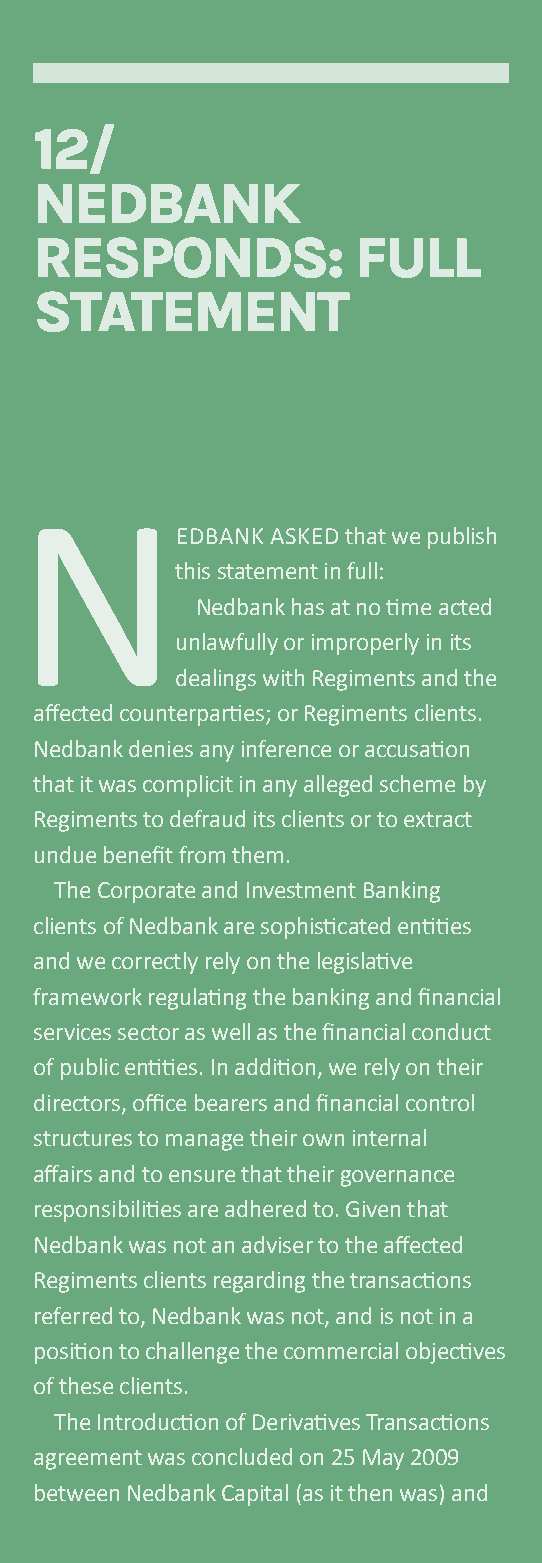
12/
 nedbank
 reSpOndS:              full
 STaTemenT
 N
 eDBANk ASkeD that we publish
 this statement in full:
 Nedbank has at no time acted
 unlawfully or improperly in its
 dealings with Regiments and the
 affected counterparties; or Regiments clients.
 Nedbank denies any inference or accusation
 that it was complicit in any alleged scheme by
 Regiments to defraud its clients or to extract
 undue benefit from them.
 The Corporate and Investment Banking
 clients of Nedbank are sophisticated entities
 and we correctly rely on the legislative
 framework regulating the banking and financial
 services sector as well as the financial conduct
 of public entities. In addition, we rely on their
 directors, office bearers and financial control
 structures to manage their own internal
 affairs and to ensure that their governance
 responsibilities are adhered to. given that
 Nedbank was not an adviser to the affected
 Regiments clients regarding the transactions
 referred to, Nedbank was not, and is not in a
 position to challenge the commercial objectives
 of these clients.
 The Introduction of Derivatives Transactions
 agreement was concluded on 25 May 2009
 between Nedbank Capital (as it then was) and